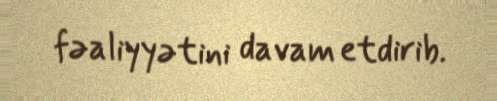
fəaliyyətini davam etdirib.